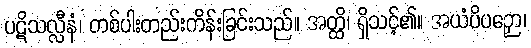
ပဋိသလ္လီနံ၊ တစ်ပါးတည်းကိန်းခြင်းသည်။ အတ္ထိ၊ ရှိသင့်၏။ အယံပိပဉှော၊